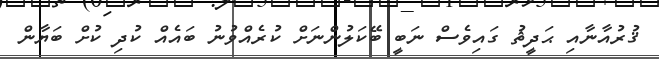
ޤުރުއާނާއި ޙަދީޘު ގައިވެސް ނަބީ ބޭކަލުންނަށް ކުރެއްވުނު ބައެއް ކުދި ކުށް ބަޔާން